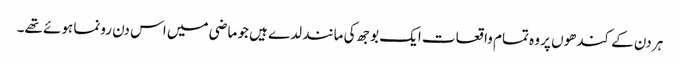
ہر دن کے کندھوں پر وہ تمام واقعات ایک بوجھ کی مانند لدے ہیں جو ماضی میں اس دن رونما ہوئے تھے۔